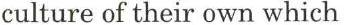
culture of their own which